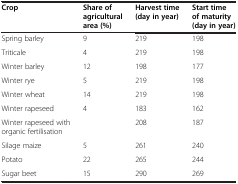
<table><thead><tr><td><b>Crop</b></td><td><b>Share of agricultural area (%)</b></td><td><b>Harvest time (day in year)</b></td><td><b>Start time of maturity (day in year)</b></td></tr></thead><tbody><tr><td>Spring barley</td><td>9</td><td>219</td><td>198</td></tr><tr><td>Triticale</td><td>4</td><td>219</td><td>198</td></tr><tr><td>Winter barley</td><td>12</td><td>198</td><td>177</td></tr><tr><td>Winter rye</td><td>5</td><td>219</td><td>198</td></tr><tr><td>Winter wheat</td><td>14</td><td>219</td><td>198</td></tr><tr><td>Winter rapeseed</td><td rowspan="2">4</td><td>183</td><td>162</td></tr><tr><td>Winter rapeseed with organic fertilisation</td><td>208</td><td>187</td></tr><tr><td>Silage maize</td><td>5</td><td>261</td><td>240</td></tr><tr><td>Potato</td><td>22</td><td>265</td><td>244</td></tr><tr><td>Sugar beet</td><td>15</td><td>290</td><td>269</td></tr></tbody></table>